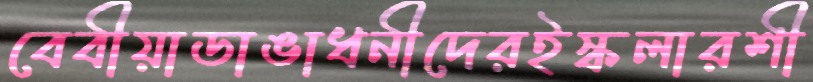
বেবীয়াডাঙাধনীদেরইস্কলারশী